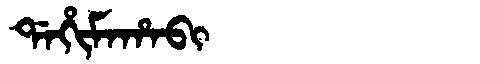
Manchu: ᡩᠠᡥᡳᠮᠠᡥᠠᠪᡳ
Romanization: DAHIMAHABI